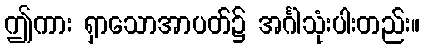
ဤကား ရှာသောအာပတ်၌ အင်္ဂါသုံးပါးတည်း။